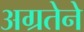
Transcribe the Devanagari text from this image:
अग्रतेने